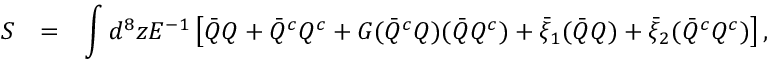
\begin{array} { r c l } { { S } } & { { = } } & { { \displaystyle \int d ^ { 8 } z E ^ { - 1 } \left[ \bar { Q } Q + \bar { Q } ^ { c } Q ^ { c } + G ( \bar { Q } ^ { c } Q ) ( \bar { Q } Q ^ { c } ) + \bar { \xi } _ { 1 } ( \bar { Q } Q ) + \bar { \xi } _ { 2 } ( \bar { Q } ^ { c } Q ^ { c } ) \right] , } } \end{array}